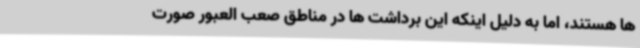
ها هستند، اما به دلیل اینکه این برداشت ها در مناطق صعب العبور صورت